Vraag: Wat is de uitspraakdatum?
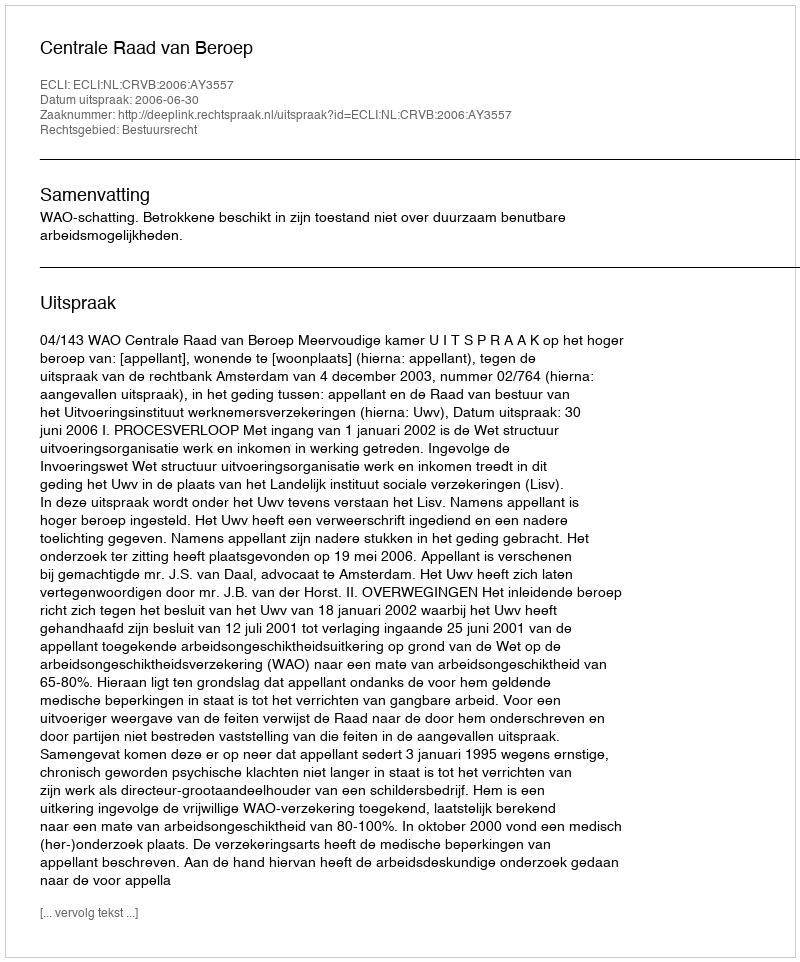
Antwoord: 2006-06-30